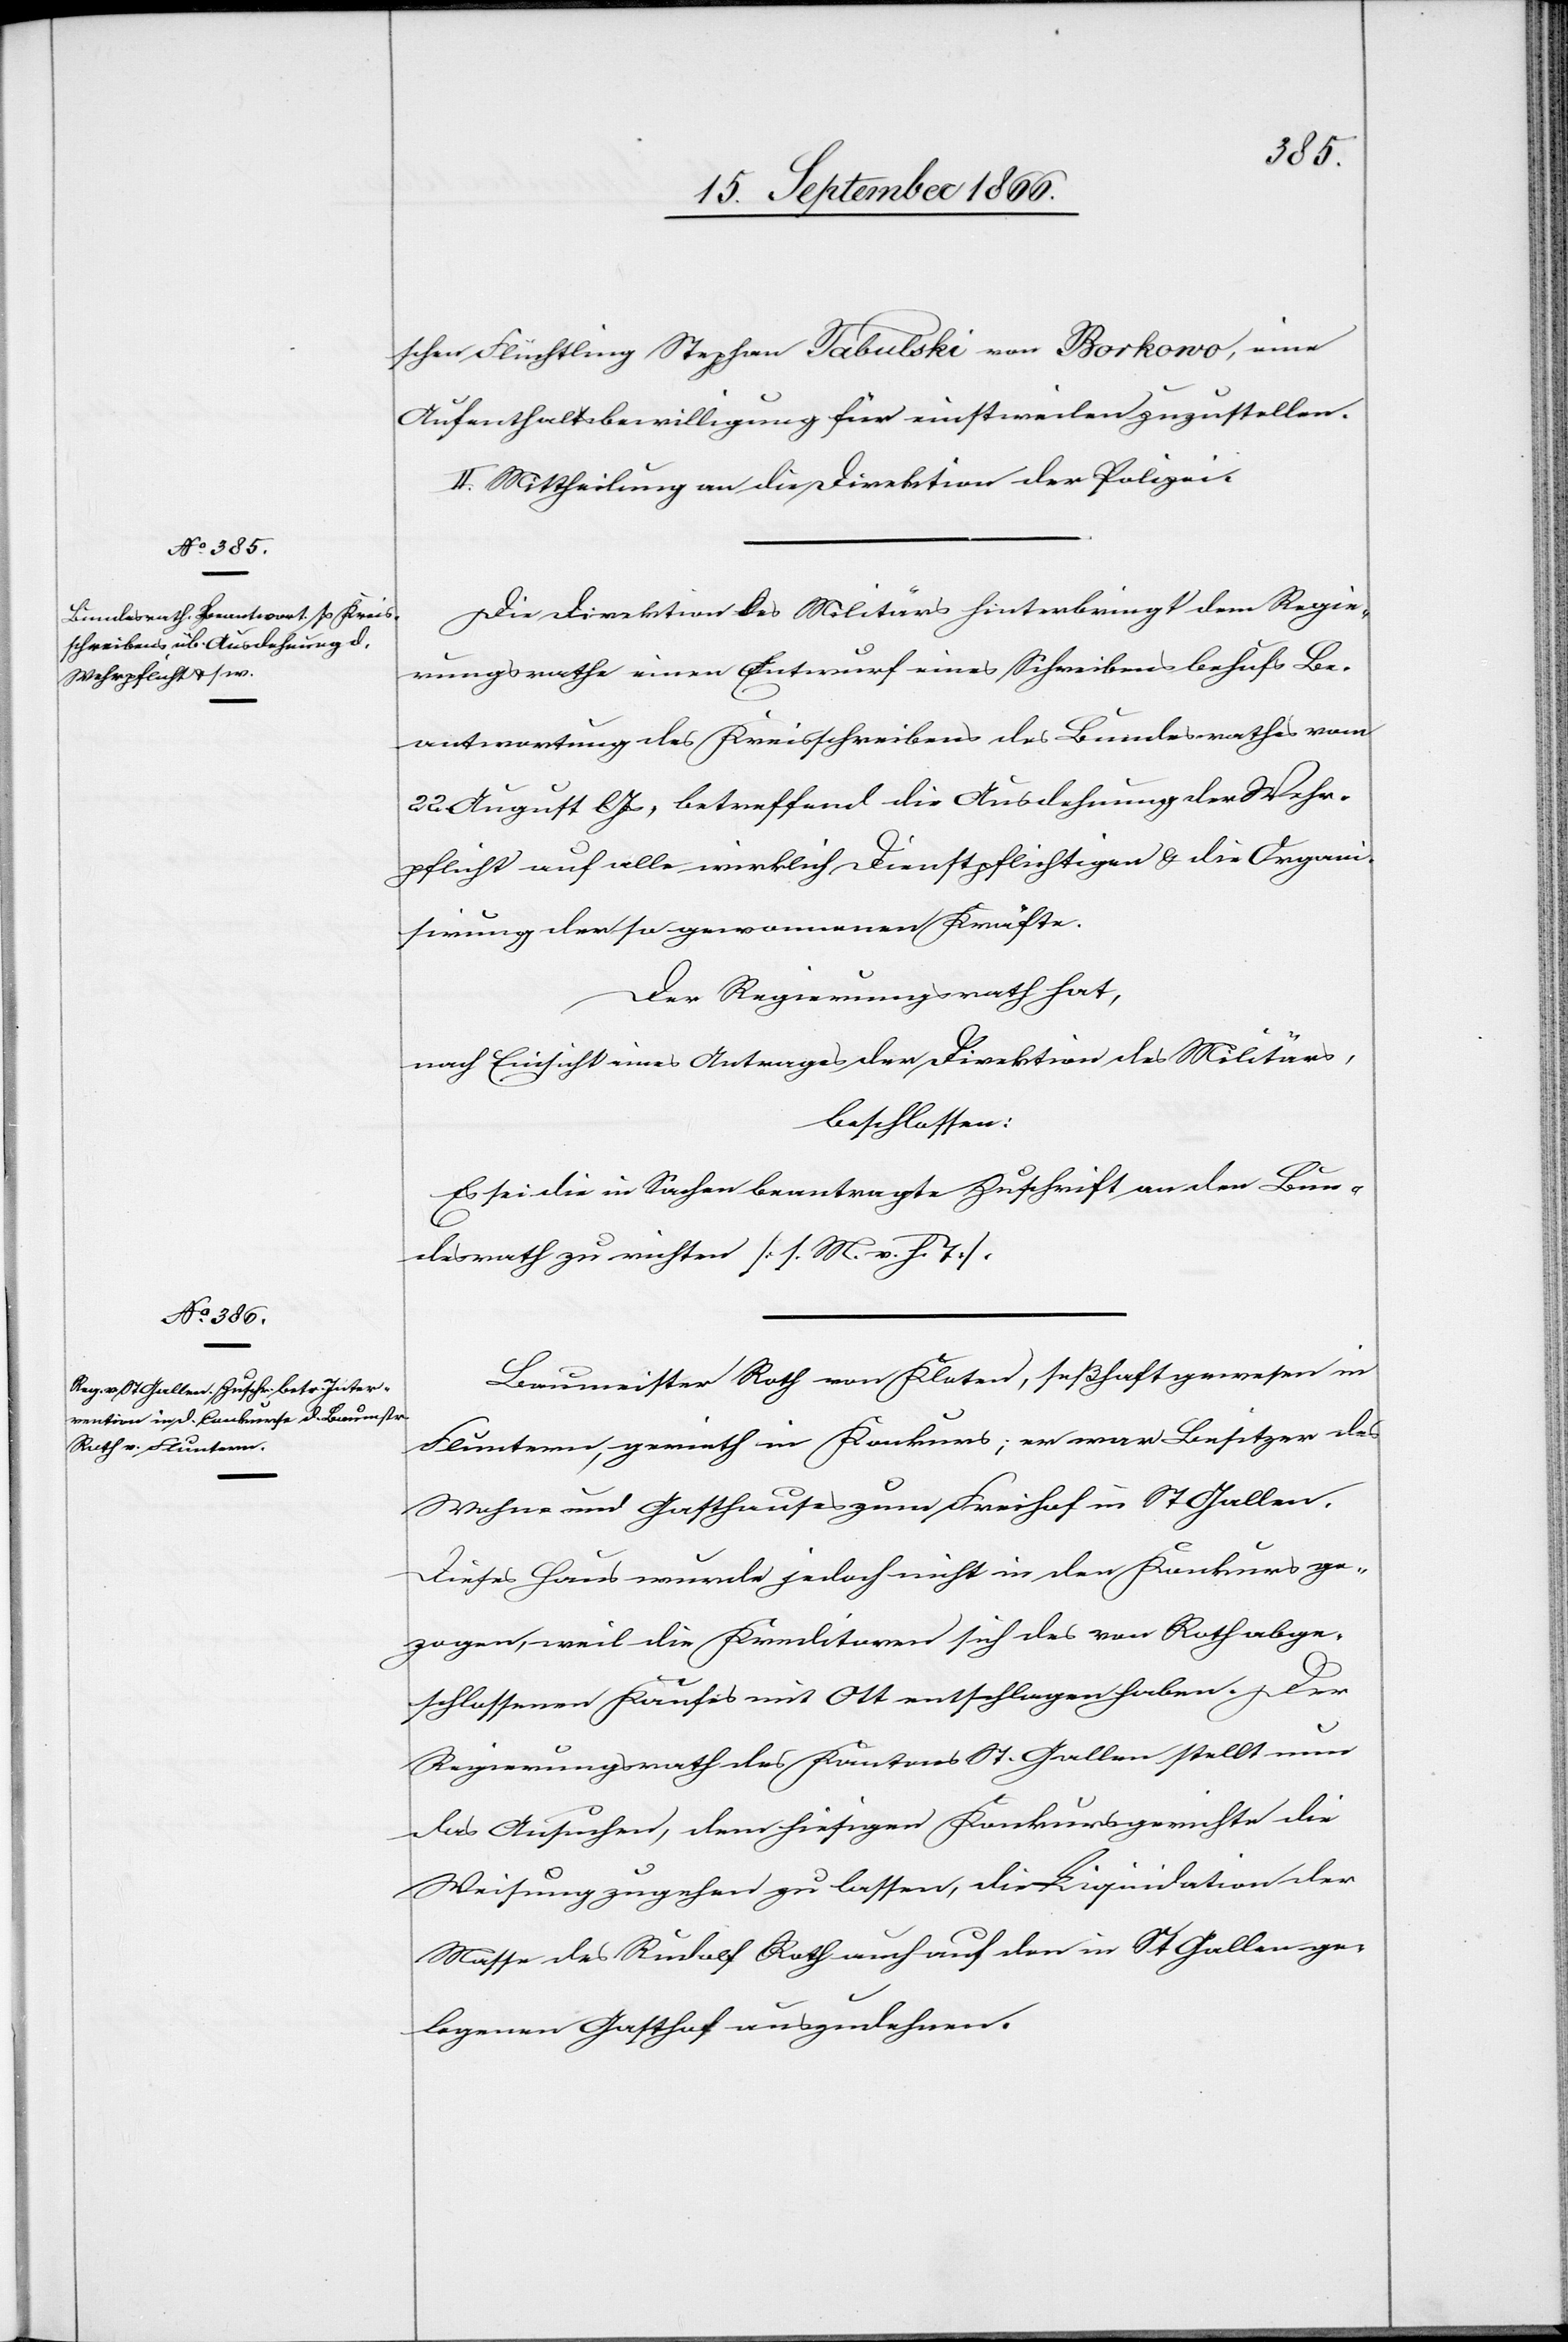
schen Flüchtling Stephan Tabulski von Borkowo, eine
Aufenthaltsbewilligung für einstweilen zuzustellen.
II. Mittheilung an die Direktion der Polizei.
Die Direktion des Militärs hinterbringt dem Regie¬
rungsrathe einen Entwurf eines Schreibens behufs Be¬
antwortung des Kreisschreibens des Bundesrathes vom
22. August lJs., betreffend die Ausdehnung der Wehr¬
pflicht auf alle wirklich Dienstpflichtigen u. die Organi¬
sirung der so gewonnenen Kräfte.
Der Regierungsrath hat,
nach Einsicht eines Antrages der Direktion des Militärs,
beschlossen:
Es sei die in Sachen beantragte Zuschrift an den Bun¬
desrath zu richten [l. M. v. h. T.].
Baumeister Roth von Kloten, seßhaft in F¬
luntern, gerieth in Konkurs; er war Besitzer des
Wohn- und Gasthauses zum Freihof in St. Gallen.
Dieses Haus wurde jedoch nicht in den Konkurs ge¬
zogen, weil die Kreditoren sich des von Roth abge¬
schlossenen Kaufes mit Ott entschlagen haben. Der
Regierungsrath des Kantons St. Gallen stellt nun
das Ansuchen, dem hiesigen Konkursgerichte die
Weisung zugehen zu lassen, die Liquidation der
Masse des Rudolf Roth auch auf den in St. Gallen ge¬
legenen Gasthof auszudehnen.